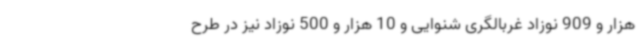
هزار و 909 نوزاد غربالگری شنوایی و 10 هزار و 500 نوزاد نیز در طرح